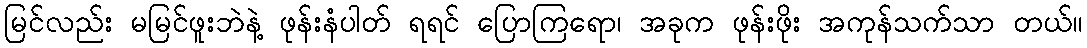
မြင်လည်း မမြင်ဖူးဘဲနဲ့ ဖုန်းနံပါတ် ရရင် ပြောကြရော၊ အခုက ဖုန်းဖိုး အကုန်သက်သာ တယ်။